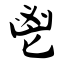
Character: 鬯